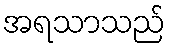
အရသာသည်